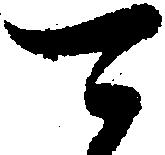
可